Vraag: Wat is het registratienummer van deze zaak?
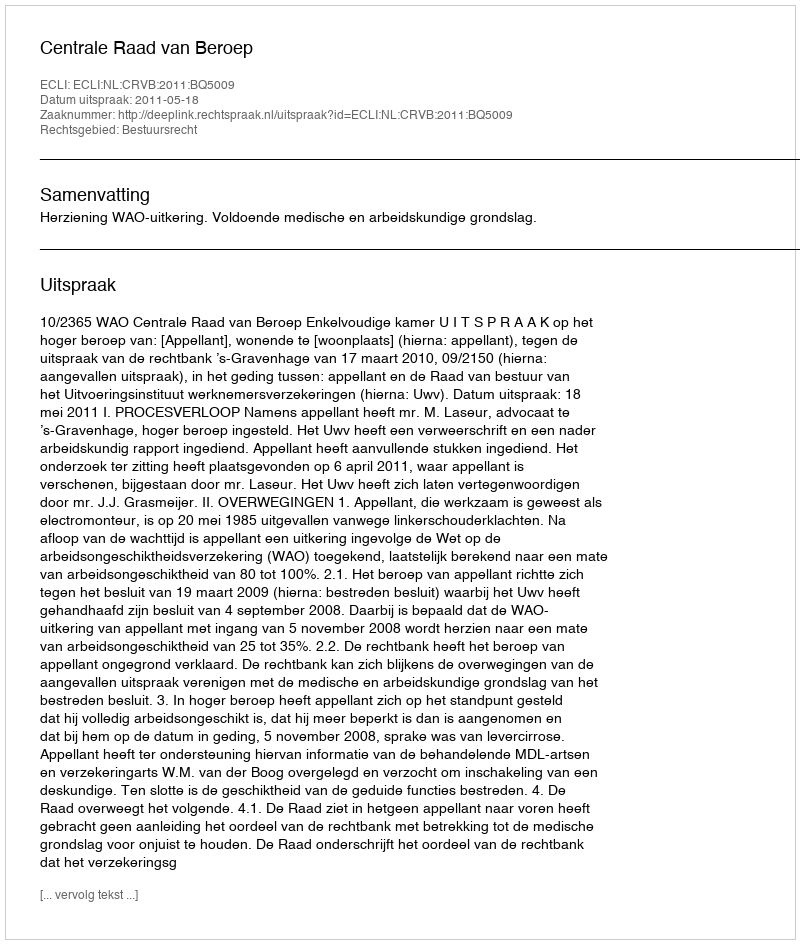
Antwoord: http://deeplink.rechtspraak.nl/uitspraak?id=ECLI:NL:CRVB:2011:BQ5009